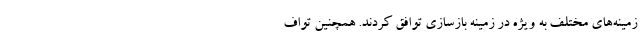
زمینه‌های مختلف به ویژه در زمینه بازسازی توافق کردند. همچنین تواف